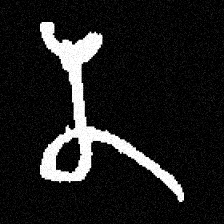
Pyu character \u2014 Myanmar letter: န (romanized: na)